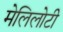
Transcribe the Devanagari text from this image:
मेलिलोटी